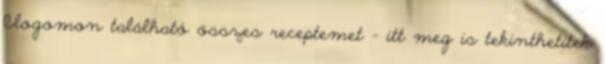
blogomon található összes receptemet - itt meg is tekinthetitek